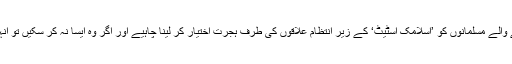
اس نامعلوم شدت پسند نے مزید لکھا کہ مغربی دنیا میں رہنے والے مسلمانوں کو ’اسلامک اسٹیٹ‘ کے زیر انتظام علاقوں کی طرف ہجرت اختیار کر لینا چاہیے اور اگر وہ ایسا نہ کر سکیں تو انہیں اپنے اپنے معاشروں میں اپنے طور پر حملے کرنا چاہییں۔